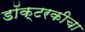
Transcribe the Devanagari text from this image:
डॉक्टरकीचा